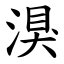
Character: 湨